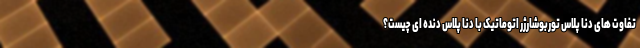
تفاوت های دنا پلاس توربوشارژر اتوماتیک با دنا پلاس دنده ای چیست؟